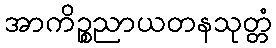
အာကိဉ္စညာယတနသုတ္တံ